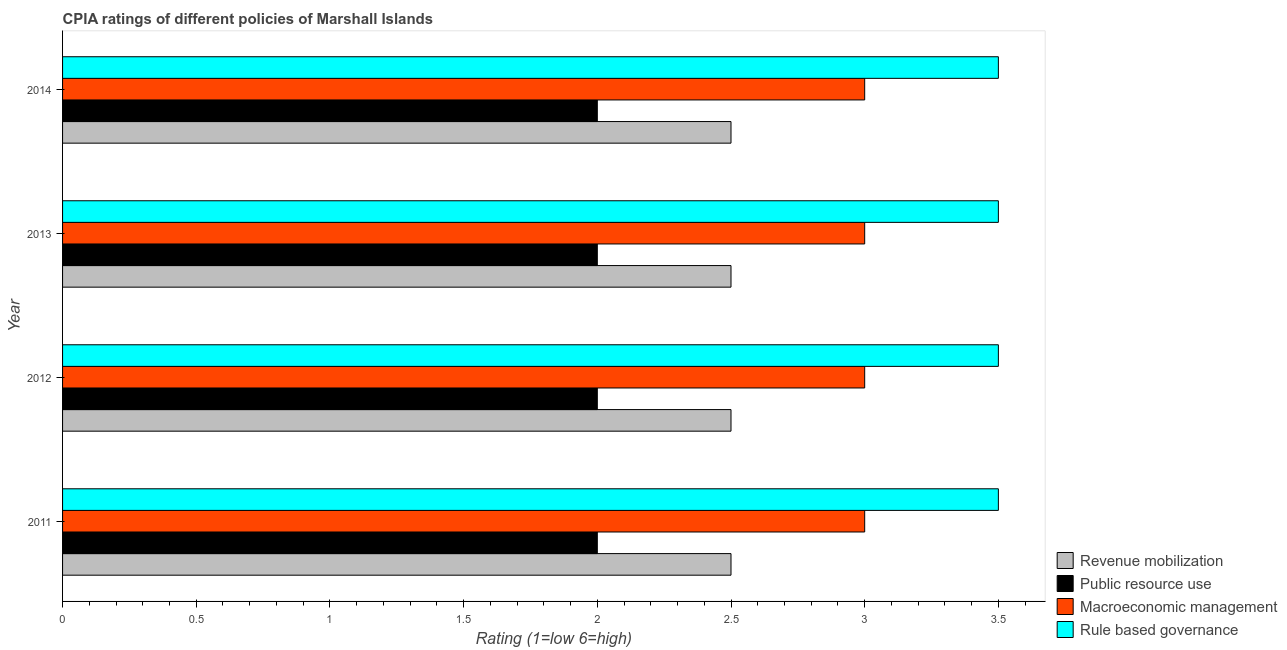
| Year | Revenue mobilization | Public resource use | Macroeconomic management | Rule based governance |
 | --- | --- | --- | --- | --- |
 | 2011 | 2.5 | 2 | 3 | 3.5 |
 | 2012 | 2.5 | 2 | 3 | 3.5 |
 | 2013 | 2.5 | 2 | 3 | 3.5 |
 | 2014 | 2.5 | 2 | 3 | 3.5 |